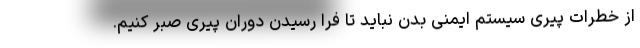
از خطرات پیری سیستم ایمنی بدن نباید تا فرا رسیدن دوران پیری صبر کنیم.